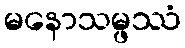
မနောသမ္ဖဿံ